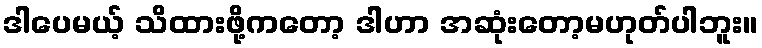
ဒါပေမယ့် သိထားဖို့ကတော့ ဒါဟာ အဆုံးတော့မဟုတ်ပါဘူး။